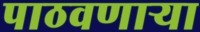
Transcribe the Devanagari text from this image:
पाठवणाऱ्या